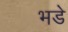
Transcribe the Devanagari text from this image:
भडे